Physiological action of certain drugs in tablet form - Number 52A
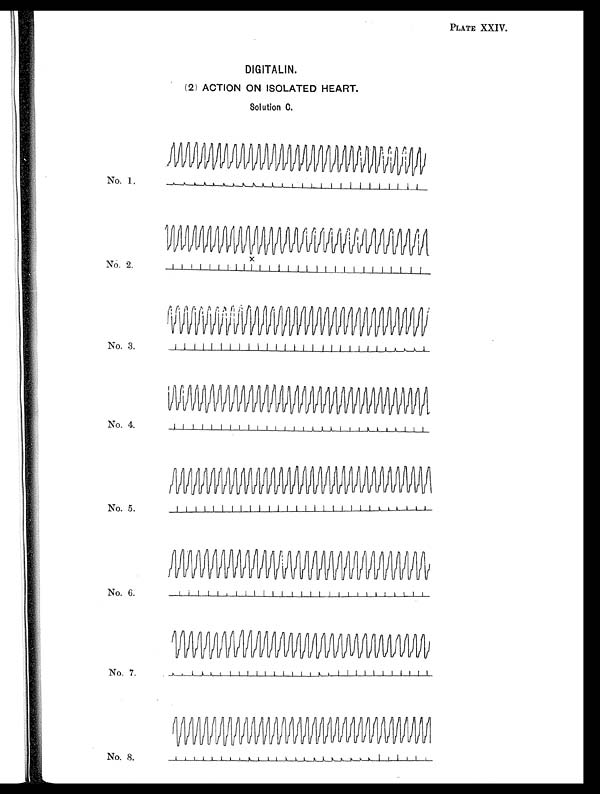
PLATE XXIV.
DIGITALIN.
(2) ACTION ON ISOLATED HEART.
Solution C.
No. 1.
No. 2.
No. 3.
No. 4.
No. 5.
No. 6.
No. 7.
x
No. 8.